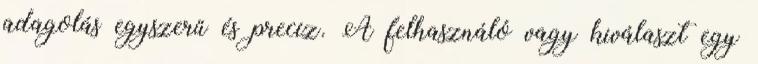
adagolás egyszerű és precíz. A felhasználó vagy kiválaszt egy